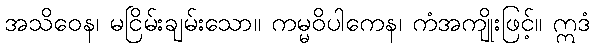
အသိဝေန၊ မငြိမ်းချမ်းသော။ ကမ္မဝိပါကေန၊ ကံအကျိုးဖြင့်။ ဣဒံ